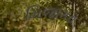
મિજાગરા